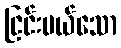
ငြင်းပယ်သော